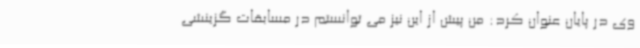
وی در پایان عنوان کرد: من پیش از این نیز می توانستم در مسابقات گزینشی